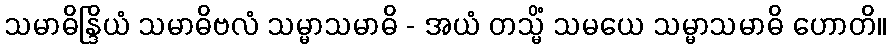
သမာဓိန္ဒြိယံ သမာဓိဗလံ သမ္မာသမာဓိ - အယံ တသ္မိံ သမယေ သမ္မာသမာဓိ ဟောတိ။